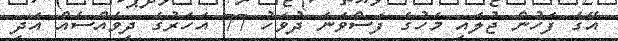
އޭގެ ފަހުން ޖުލައި މަހުގެ ފަސްވަނަ ދުވަހު 77 އަހަރުގެ ދިވެއްސެއް އަދި